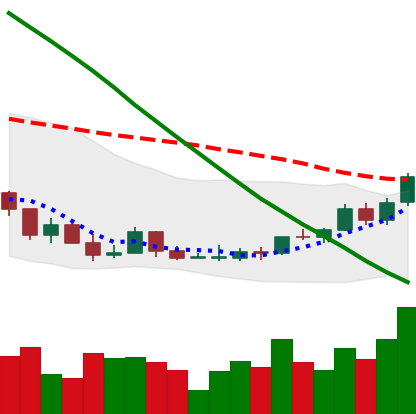
Ticker: ADA-USD
Chart end date: 2022-03-22
Forward return: 21.067%
Label: up_7plus